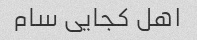
اهل کجایی سام